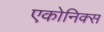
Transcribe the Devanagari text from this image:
एकोनिक्स